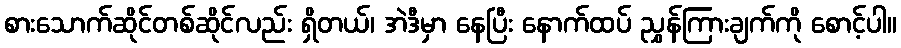
စားသောက်ဆိုင်တစ်ဆိုင်လည်း ရှိတယ်၊ အဲဒီမှာ နေပြီး နောက်ထပ် ညွှန်ကြားချက်ကို စောင့်ပါ။